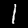
Digit: 1